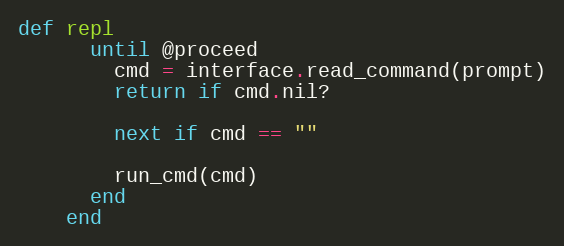
Language: Ruby
def repl
      until @proceed
        cmd = interface.read_command(prompt)
        return if cmd.nil?

        next if cmd == ""

        run_cmd(cmd)
      end
    end